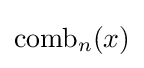
\operatorname {comb} _{n}(x)